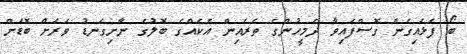
ބޯ ފަޅައިގެން ގޮސްފައިވާ ދެމީހުންގެ ތެރެއިން އެކެއްގެ ބޮލުގެ ނާށިގަނޑު ވަރަށް ބޮޑަށް